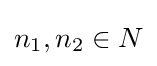
n_{1},n_{2}\in N